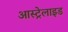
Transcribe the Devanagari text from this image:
आस्ट्रेलाइड